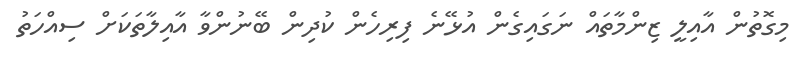
މިގޮތުން އާއިލީ ޒިންމާތައް ނަގައިގެން އުޅޭނެ ފިރިހެން ކުދިން ބޭނުންވާ އާއިލާތަކަށް ސިއްހަތު